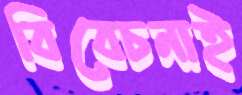
বিবেচনাই